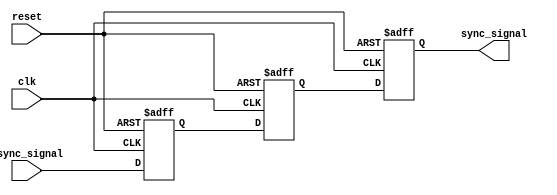
module metastability_detector (
    input wire clk,             // Synchronous clock signal
    input wire async_signal,    // Asynchronous input signal
    input wire reset,           // Asynchronous reset signal
    output reg sync_signal      // Synchronized output signal
);

// Internal signals for the two flip-flops
reg ff1, ff2;

// Asynchronous reset and flip-flop behavior
always @(posedge clk or posedge reset) begin
    if (reset) begin
        ff1 <= 1'b0;           // Initial state of FF1
        ff2 <= 1'b0;           // Initial state of FF2
        sync_signal <= 1'b0;   // Initial state of sync_signal
    end else begin
        ff1 <= async_signal;    // Capture async_signal in FF1
        ff2 <= ff1;             // Capture FF1 output in FF2
        sync_signal <= ff2;     // Output the result from FF2
    end
end

endmodule